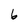
Character: 6